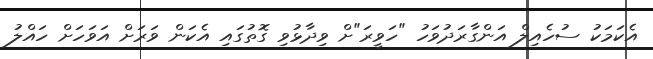
އެކަމަކު ސުހެއިލް އަންގާރަދުވަހު "ހަވީރަ"ށް ވިދާޅުވި ގޮތުގައި އެކަން ވަރަށް އަވަހަށް ހައްލު